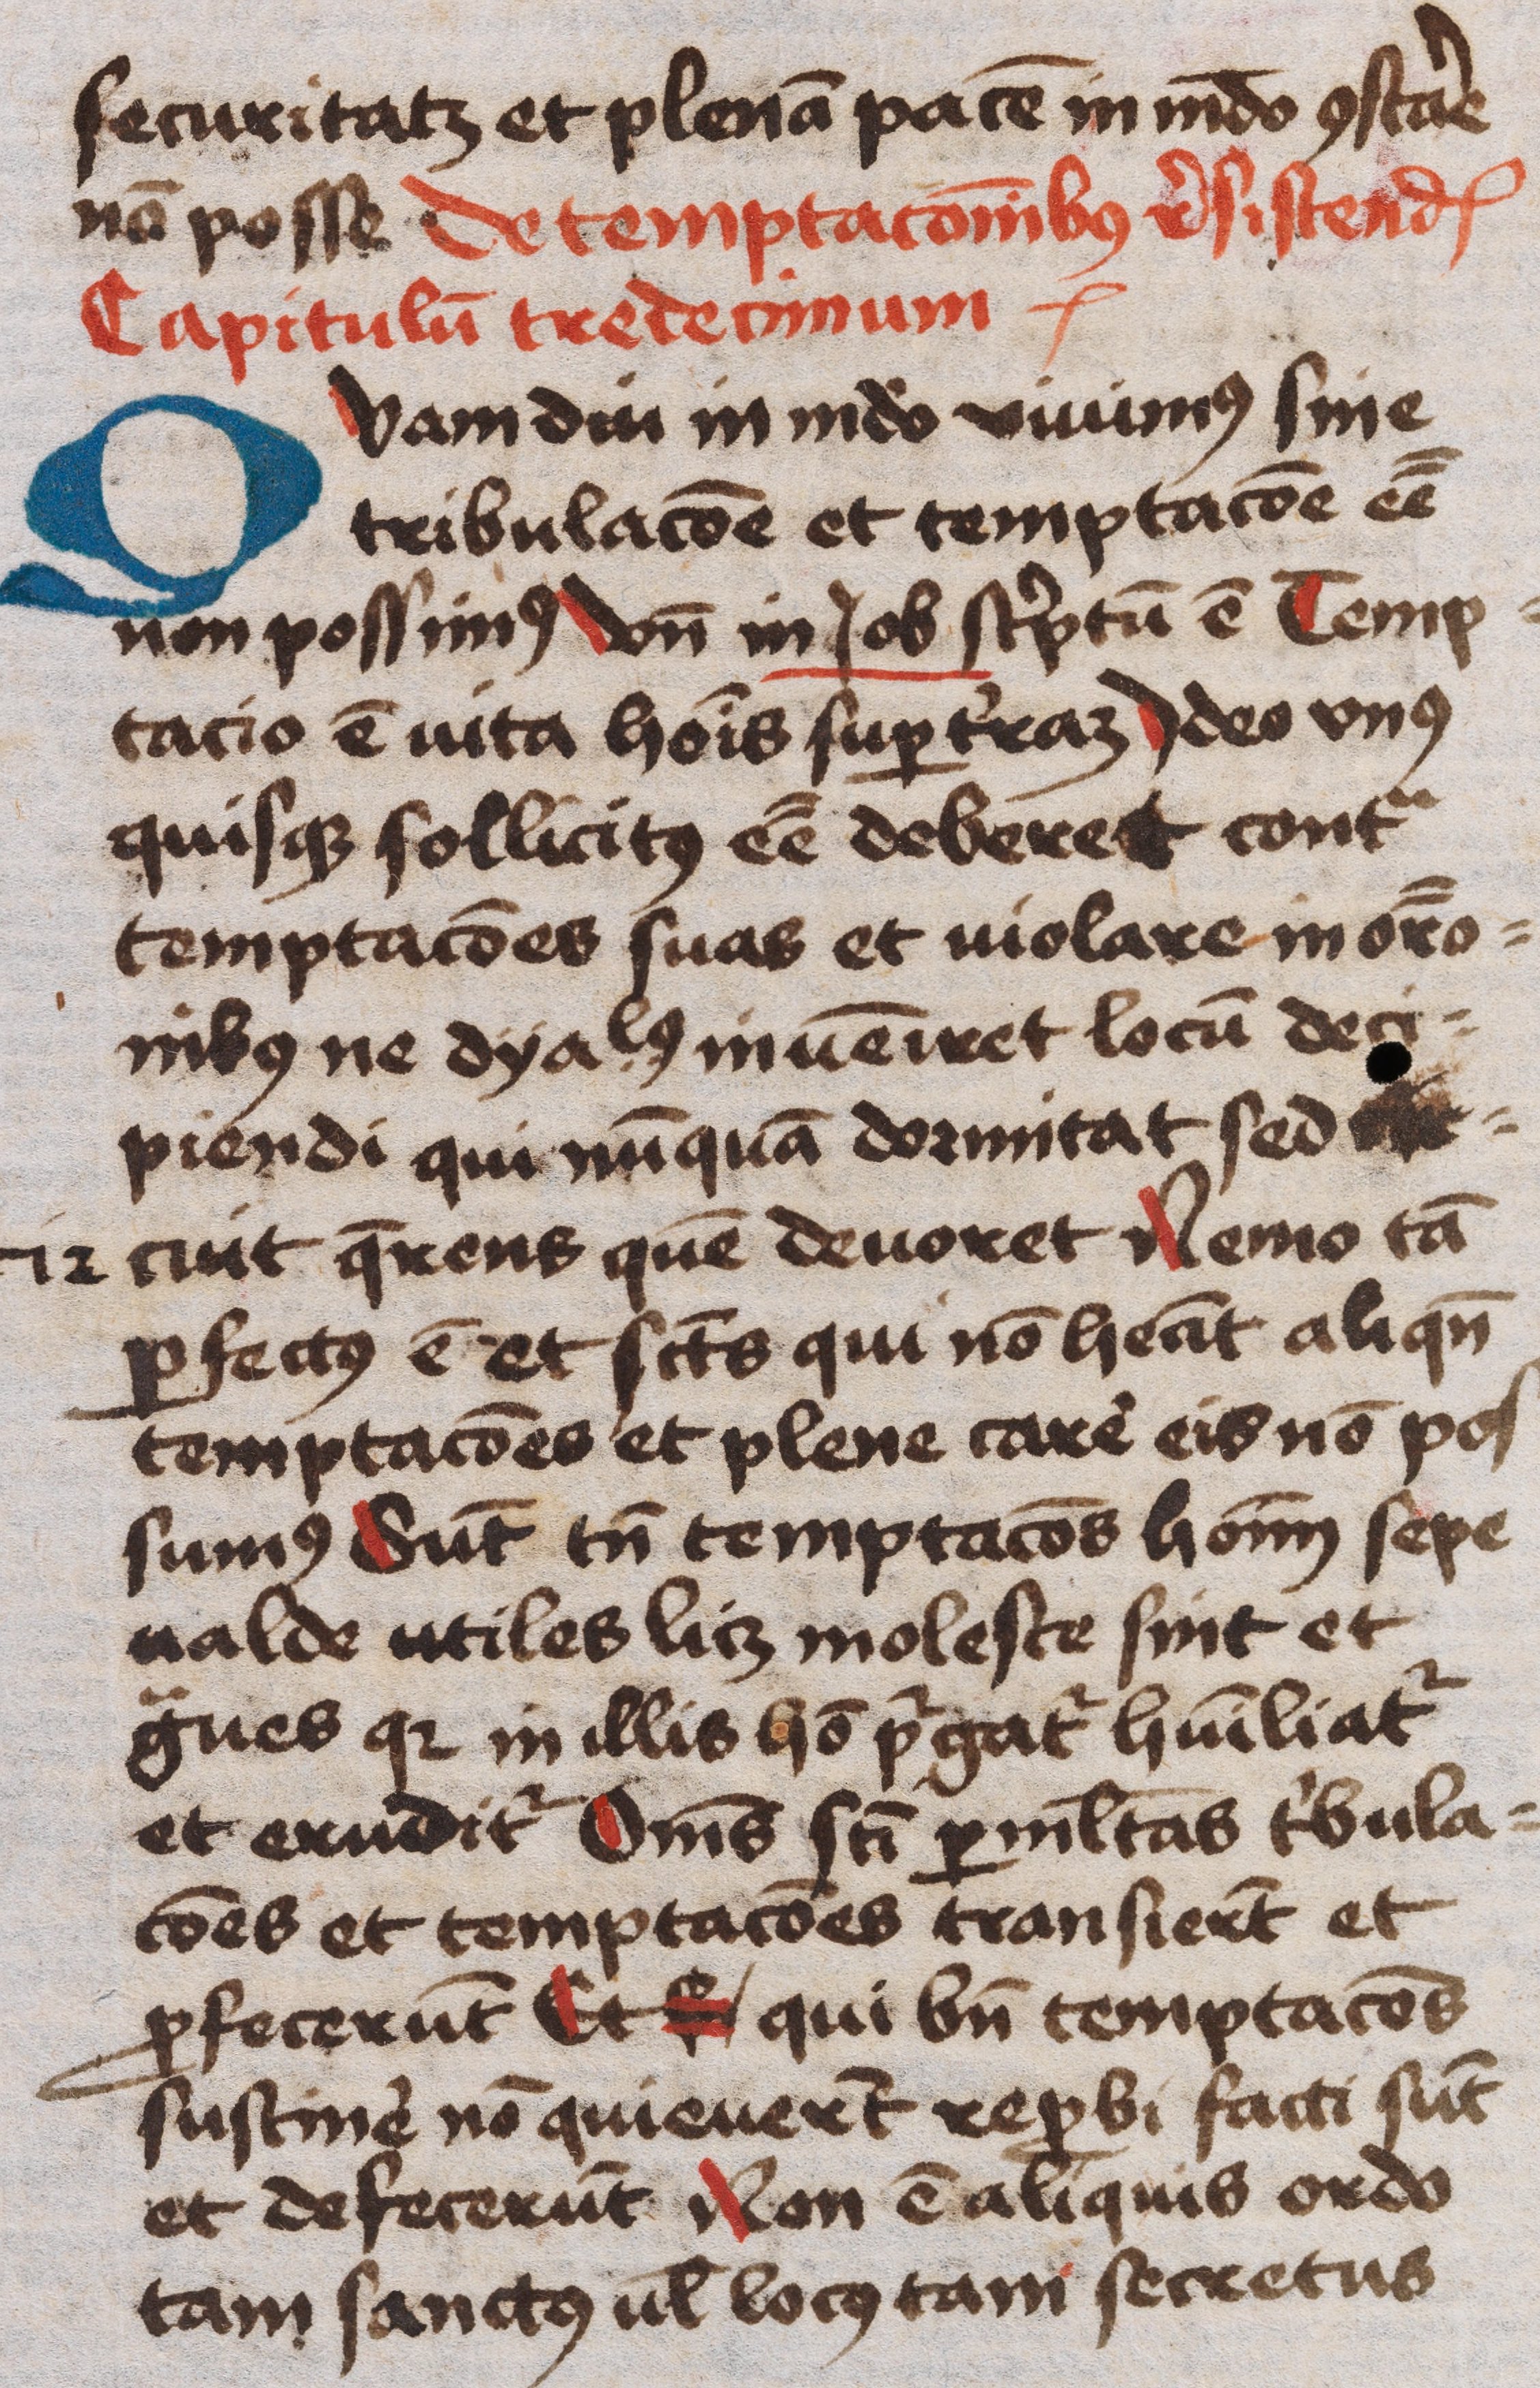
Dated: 1445–1455